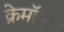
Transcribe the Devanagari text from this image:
क्रेमॉना